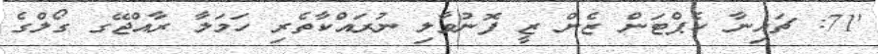
'71: ޗައިނާ ކެޕްޓަން ޒެން ޒީ ފޮނުވާލި ނުރައްކާތެރި ހަމަލާ ރާއްޖޭގ ގޯލްގެ